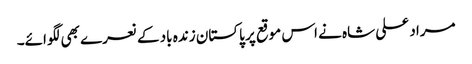
مراد علی شاہ نے اس موقع پر پاکستان زندہ باد کے نعرے بھی لگوائے۔